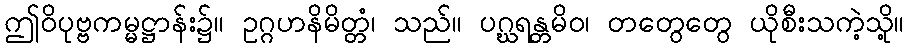
ဤဝိပုဗ္ဗကမ္မဋ္ဌာန်း၌။ ဥဂ္ဂဟနိမိတ္တံ၊ သည်။ ပဂ္ဃရန္တမိဝ၊ တတွေတွေ ယိုစီးသကဲ့သို့။